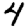
Digit: 4